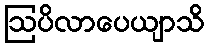
ဩပိလာပေယျာသိ